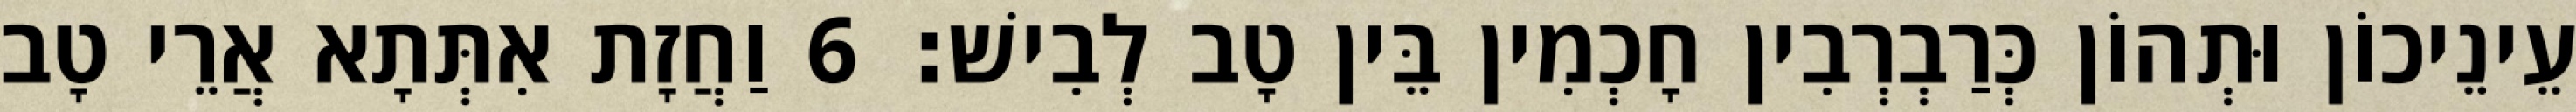
עֵינֵיכוֹן וּתְהוֹן כְּרַבְרְבִין חָכְמִין בֵּין טָב לְבִישׁ׃ 6 וַחֲזָת אִתְּתָא אֲרֵי טָב